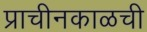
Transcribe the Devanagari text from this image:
प्राचीनकाळची